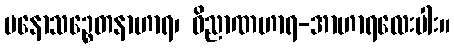
မနောသဉ္စေတနာဟာရ၊ ဝိညာဏဟာရ-အာဟာရလေးပါး။